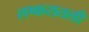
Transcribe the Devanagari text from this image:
लष्करातली